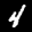
Label: 4